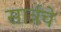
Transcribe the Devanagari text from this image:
सार्त्रचे